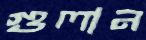
গুলান